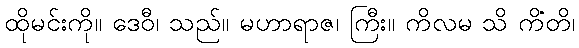
ထိုမင်းကို။ ဒေဝီ၊ သည်။ မဟာရာဇ၊ ကြီး။ ကိလမ သိ ကိံတိ၊